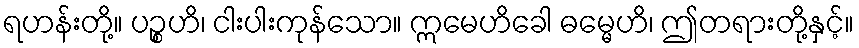
ရဟန်းတို့။ ပဉ္စဟိ၊ ငါးပါးကုန်သော။ ဣမေဟိခေါ ဓမ္မေဟိ၊ ဤတရားတို့နှင့်။